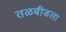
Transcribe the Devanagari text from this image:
तळबीडला